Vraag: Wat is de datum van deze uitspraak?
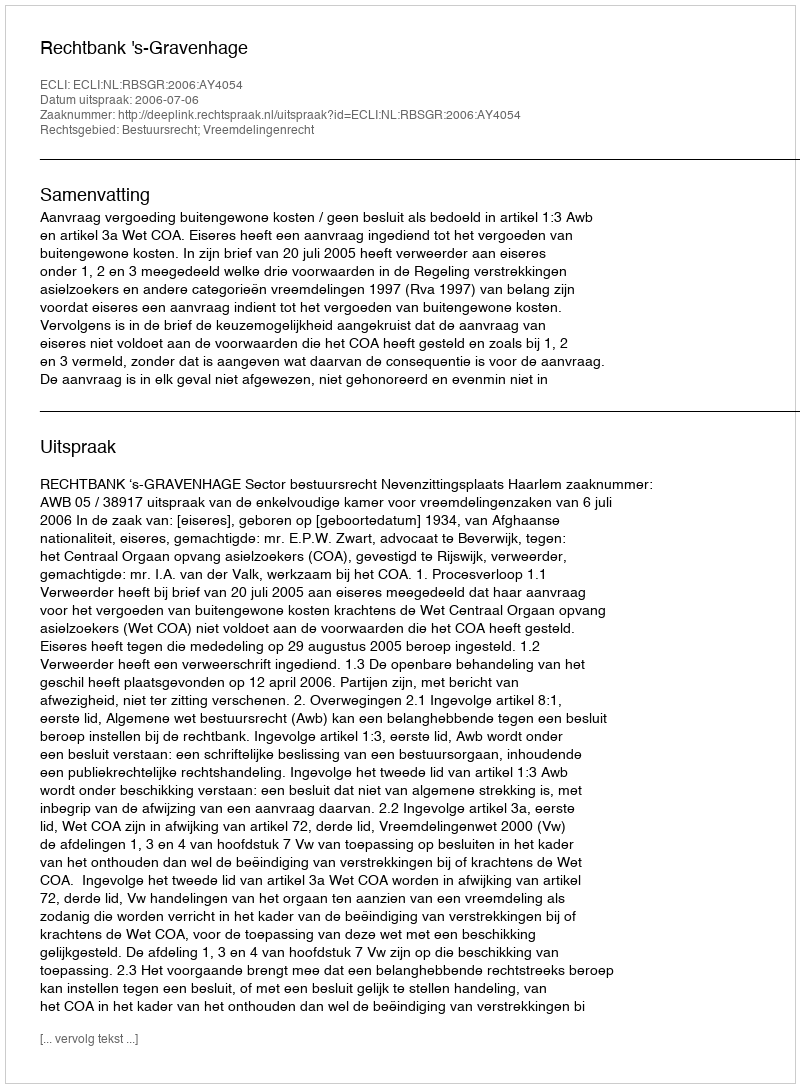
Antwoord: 2006-07-06